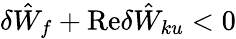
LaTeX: \delta{\hat{W}}_{f}+\mathrm{Re}\delta{\hat{W}}_{ku}<0